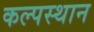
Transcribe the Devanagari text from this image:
कल्पस्थान